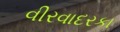
વીરવાદરકા